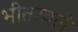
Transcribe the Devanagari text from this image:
भीतरवले